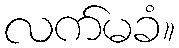
လက်မခံ။